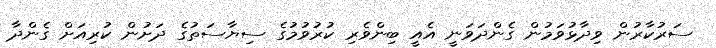
ސަރުކާރުން ވިދާޅުވަމުން ގެންދަވަނީ އެއީ ބިންވެރި ކުރުވުމުގެ ސިޔާސަތުގެ ދަށުން ކުރިއަށް ގެންދާ